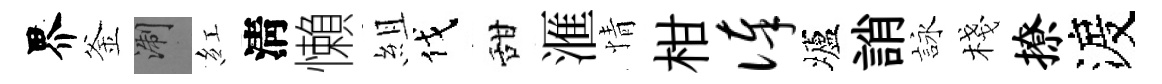
界釜浙紅淸懶組伐甜滙情柑俸壚誚詠棧撩渡